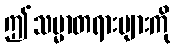
ဤသမ္မာတရားများကို